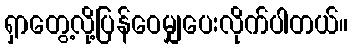
ရှာတွေ့လို့ပြန်ဝေမျှပေးလိုက်ပါတယ်။